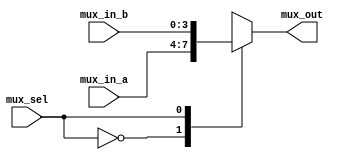
`timescale 1ns / 1ps
//////////////////////////////////////////////////////////////////////////////////
// Company: 
// Engineer: 
// 
// Design Name: 
// Module Name: mux4
// Project Name: 
// Target Devices: 
// Tool Versions: 
// Description: 
// 
// Dependencies: 
// 
// Revision:
// Revision 0.01 - File Created
// Additional Comments:
// 
//////////////////////////////////////////////////////////////////////////////////


module mux4A(
input[3:0] mux_in_a,mux_in_b,
input mux_sel,
output reg[3:0]mux_out

    );
    always@(*)
    begin
    case(mux_sel)
    1'b0:mux_out=mux_in_a;
    1'b1:mux_out=mux_in_b;
    endcase
    end
endmodule